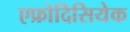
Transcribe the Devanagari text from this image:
एफ्रोदिसियेक